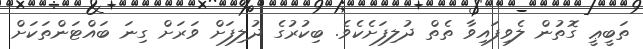
ތަބީޢީ ގޮތުން ލެވިފައިވާ ތެތް ދުލިފަށެކެވެ. ބިކުރުގެ ދުލިފަށް ވަރަށް ގިނަ ބައްޓަންތަކަށް